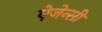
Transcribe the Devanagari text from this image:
ऐजेन्‍सी